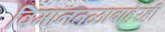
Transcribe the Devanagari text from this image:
विमानतळाबाहेरही